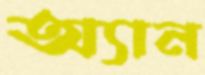
অ্যান